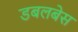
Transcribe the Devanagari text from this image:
डबलबेस